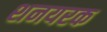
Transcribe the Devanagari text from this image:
शनयरक